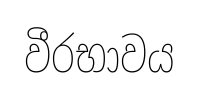
වීරභාවය